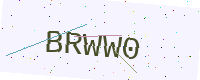
Text: BRWW0